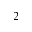
_ 2